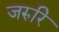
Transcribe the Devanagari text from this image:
जरुरि